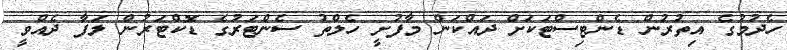
ހެދުމުގެ އިތުރުން ޑެންޓިސްޓަކަށް ދައްކަން މާފުށީ ހެލްތު ސެންޓަރުގެ ޑޮކްޓަރުން ލަފާ ދެއްވީ